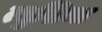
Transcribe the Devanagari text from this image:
त्सुशिमा